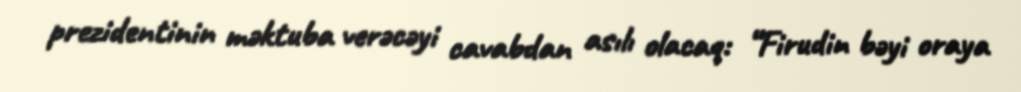
prezidentinin məktuba verəcəyi cavabdan asılı olacaq: “Firudin bəyi oraya